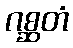
ဂစ္ဆတံ